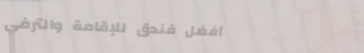
أفضل فندق للإقامة والترفي